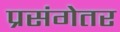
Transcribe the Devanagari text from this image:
प्रसंगेतर